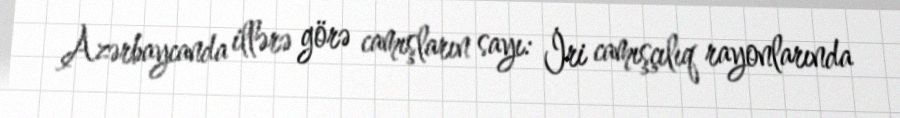
Azərbaycanda illərə görə camışların sayı: İri camışçılıq rayonlarında